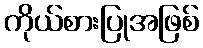
ကိုယ်စားပြုအဖြစ်